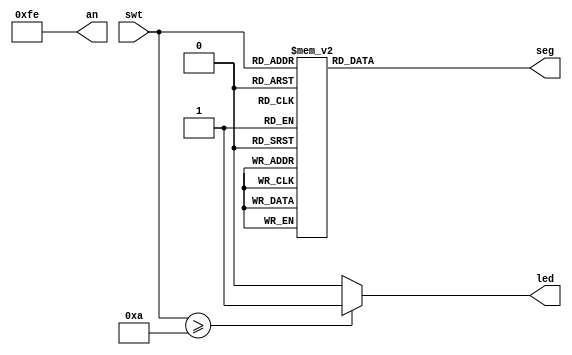
`timescale 1ns / 1ps
/*
author: albelt
task: Output 4-bit binary input onto one LED (most significant bit) and the right
most 7-segment display (least significant digit) after converting them into
two-digit decimal equivalent (BCD). Use only dataflow modeling.
*/


module lab_2_2_1(swt, led, seg, an);
    input wire[3:0] swt;
    output reg led;
    output reg[6:0] seg;
    output wire[7:0] an;
    
    assign an = 8'b11111110;
    always @*
        begin
            case(swt)
                4'b0000: seg[6:0] = 7'b0000001;
                4'b0001: seg[6:0] = 7'b1001111;
                4'b0010: seg[6:0] = 7'b0010010;
                4'b0011: seg[6:0] = 7'b0000110;
                4'b0100: seg[6:0] = 7'b1001100;
                4'b0101: seg[6:0] = 7'b0100100;
                4'b0110: seg[6:0] = 7'b0100000;
                4'b0111: seg[6:0] = 7'b0001111;
                4'b1000: seg[6:0] = 7'b0000000;
                4'b1001: seg[6:0] = 7'b0000100;
                
                4'b1010: seg[6:0] = 7'b0000001;
                4'b1011: seg[6:0] = 7'b1001111;
                4'b1100: seg[6:0] = 7'b0010010;
                4'b1101: seg[6:0] = 7'b0000110;
                4'b1110: seg[6:0] = 7'b1001100;
                4'b1111: seg[6:0] = 7'b0100100;
            endcase
        end
        
     always @*
        begin
            if (swt >= 4'b1010) 
                led = 1;
             else
                led = 0;
        end
    
endmodule